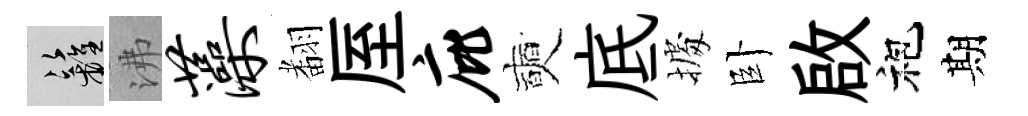
籬沸藻𮋒厔庇奭底𢴃卧啟袍期